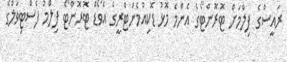
ރައީސްގެ ފިލްމަށް ޓޮރޮންޓޯގެ އެންމެ މޮޅު ޑޮކިއުމެންޓްރީގެ އެވޯޑް ޓޮރޮންޓޯ ފިލްމު ފެސްޓިވަލްގެ